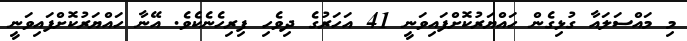
މި މައްސަލައާ ގުޅިގެން ހައްޔަރުކޮށްފައިވަނީ 41 އަހަރުގެ ދިވެހި ފިރިހެނެކެވެ. އޭނާ ހައްޔަރުކޮށްފައިވަނީ